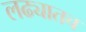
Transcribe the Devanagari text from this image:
लढ्यातच